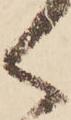
く